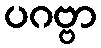
ပဂဗ္ဗာ